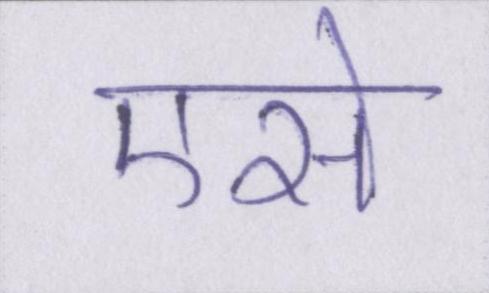
एसे